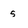
Character: s